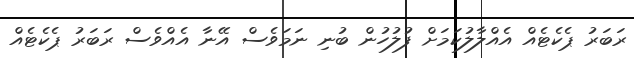
ރަބަރު ޕެކެޓެއް އެއްލާލުކަމަށް ފުލުހުން ބުނި ނަމަވެސް އޭނާ އެއްވެސް ރަބަރު ޕެކެޓެއް